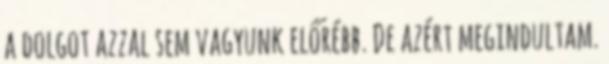
a dolgot azzal sem vagyunk előrébb. De azért megindultam.